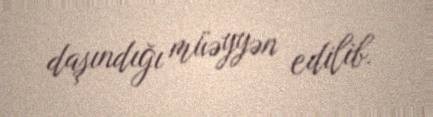
daşındığı müəyyən edilib.